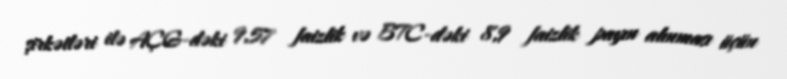
şirkətləri ilə AÇG-dəki 9,57 faizlik və BTC-dəki 8,9 faizlik payın alınması üçün